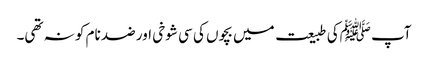
آپ ﷺکی طبیعت میں بچوں کی سی شوخی اور ضد نام کو نہ تھی۔